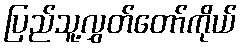
ပြည်သူ့လွှတ်တော်ကိုယ်